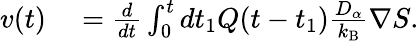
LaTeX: \begin{array}{rl}{v(t)}&{{}=\frac{d}{dt}\int_{0}^{t}dt_{1}Q(t-t_{1})\frac{D_{\alpha}}{k_{\mathrm{B}}}\nabla S.}\end{array}